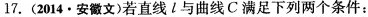
17. (2014 · 安徽文)若直线l与曲线C满足下列两个条件：